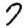
Digit: 7